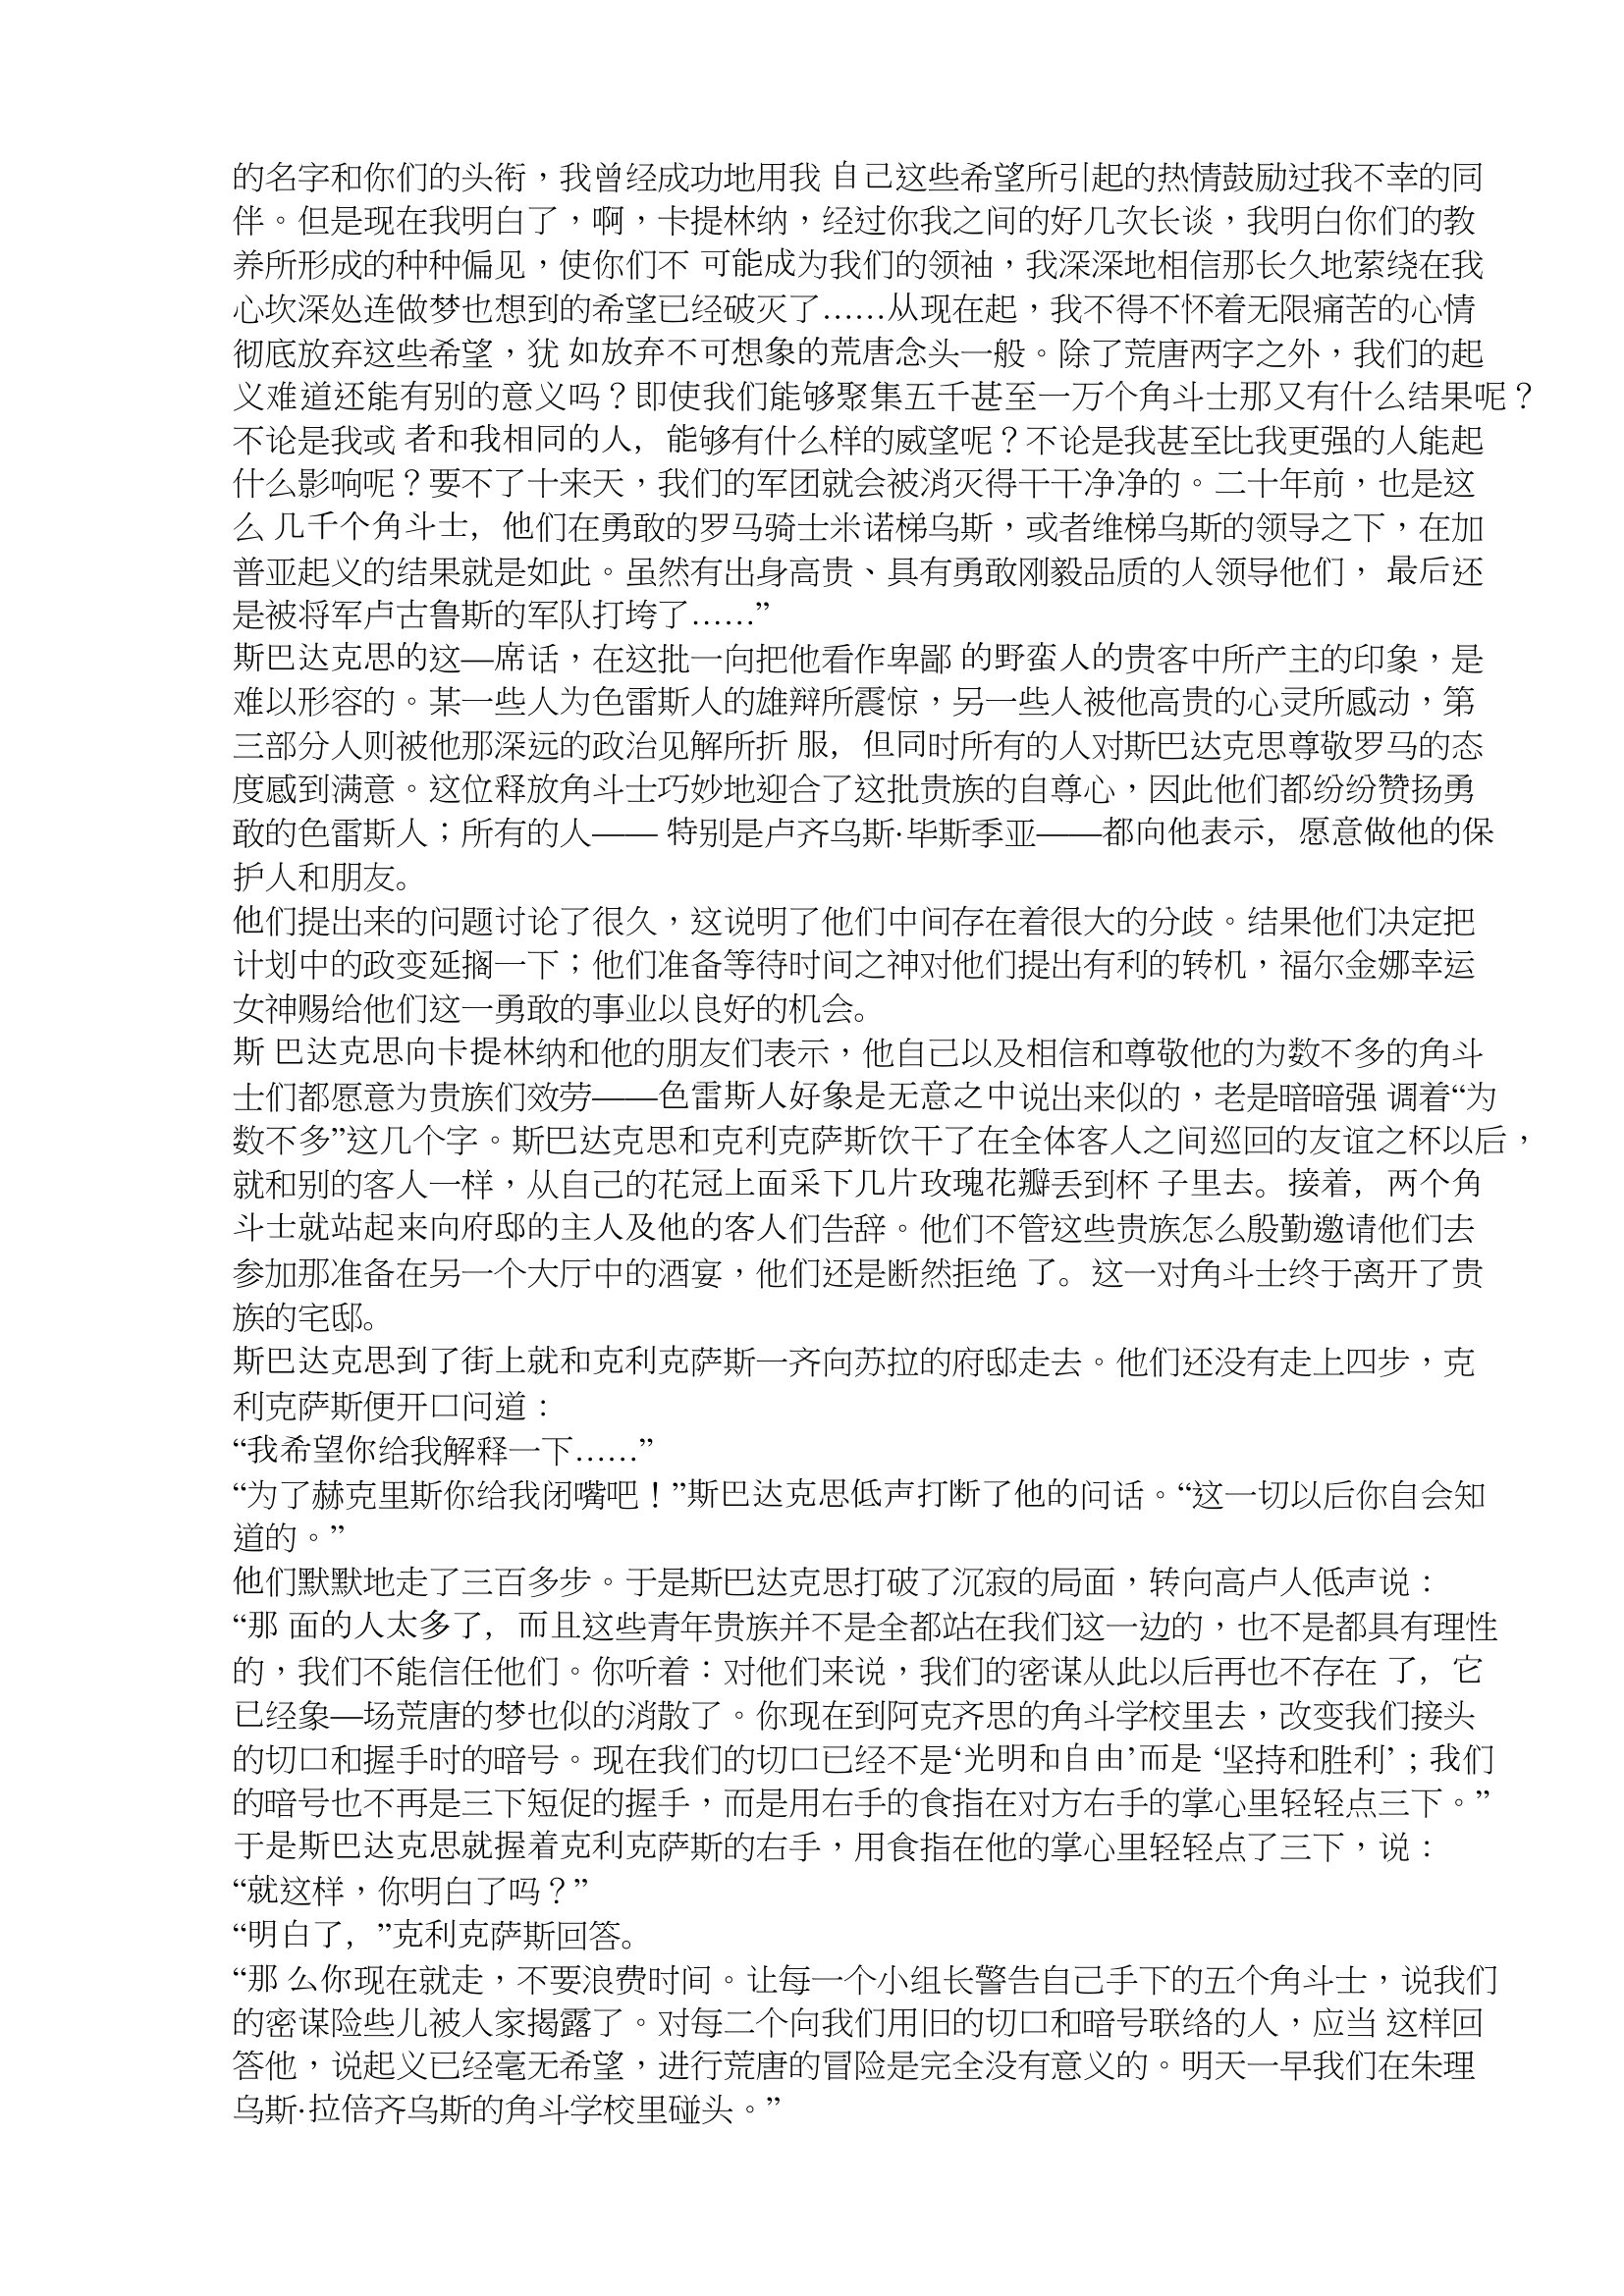
Language: zh